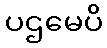
ပဌမေပိ